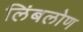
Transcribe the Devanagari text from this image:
लिंबलोण